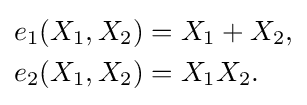
{\begin{aligned}e_{1}(X_{1},X_{2})&=X_{1}+X_{2},\\e_{2}(X_{1},X_{2})&=X_{1}X_{2}.\,\\\end{aligned}}